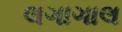
લગાગાલ